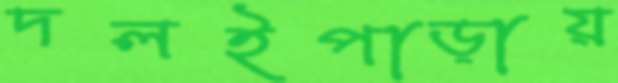
দলইপাড়ায়